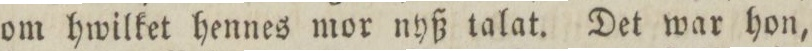
om hwilket hennes mor nyß talat. Det war hon,